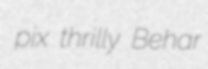
pix thrilly Behar